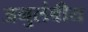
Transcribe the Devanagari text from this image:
अनुलंबीय